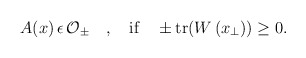
\begin{align*} A(x)\, \epsilon \, {\cal O}_{\pm} \quad ,\quad \mbox{if}\quad \pm \mbox{tr}(W \left(x_{\perp}\right))\ge 0 .\end{align*}